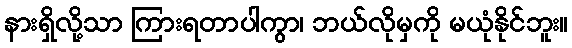
နားရှိလို့သာ ကြားရတာပါကွာ၊ ဘယ်လိုမှကို မယုံနိုင်ဘူး။